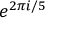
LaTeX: e ^ { 2 \pi i / 5 }